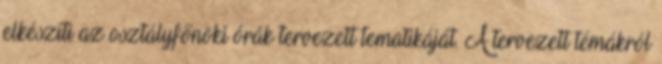
elkészíti az osztályfőnöki órák tervezett tematikáját. A tervezett témákról